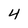
Character: 4